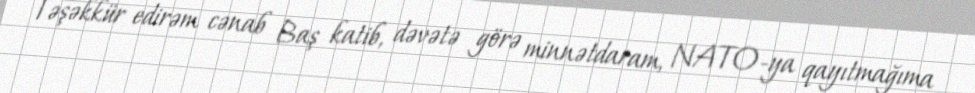
Təşəkkür edirəm cənab Baş katib, dəvətə görə minnətdaram, NATO-ya qayıtmağıma